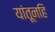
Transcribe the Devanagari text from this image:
यांतूनहि